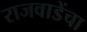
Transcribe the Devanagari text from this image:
राजवाडेंचा